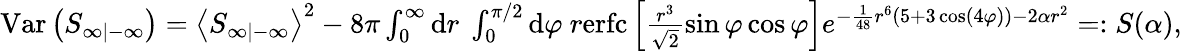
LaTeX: \begin{array}{r}{\mathrm{Var}\left(S_{\infty|-\infty}\right)=\left\langle S_{\infty|-\infty}\right\rangle^{2}-8\pi\int_{0}^{\infty}\mathrm{d}r\ \int_{0}^{\pi/2}\mathrm{d}\varphi\ r\mathrm{erfc}\left[\frac{r^{3}}{\sqrt{2}}\sin\varphi\cos\varphi\right]e^{-\frac{1}{48}r^{6}(5+3\cos(4\varphi))-2\alpha r^{2}}=:S(\alpha),}\end{array}